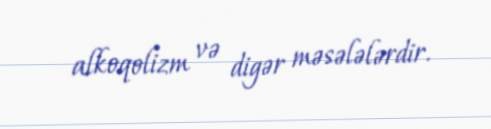
alkoqolizm və digər məsələlərdir.